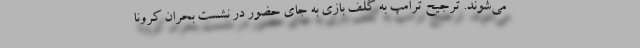
می‌شوند. ترجیح ترامپ به گلف بازی به جای حضور در نشست بحران کرونا